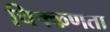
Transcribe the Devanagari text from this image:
चिक्कणता